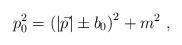
LaTeX: \begin{align*}p_0^2 = \left(|\vec p|\pm b_0\right)^2 + m^2\ ,\end{align*}